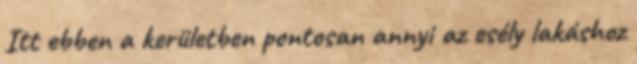
Itt ebben a kerületben pontosan annyi az esély lakáshoz